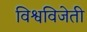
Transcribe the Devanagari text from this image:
विश्वविजेती